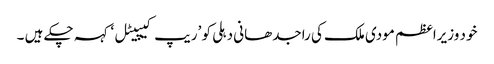
خود وزیراعظم مودی ملک کی راجدھانی دہلی کو ’ریپ کیپیٹل ‘کہہ چکے ہیں ۔